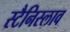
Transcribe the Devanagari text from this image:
स्टैनिस्लाव